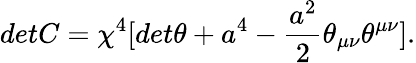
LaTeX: detC={\chi}^{4}[det{\theta}+a^{4}-\frac{a^{2}}{2}{\theta}_{{\mu}{\nu}}{\theta}^{{\mu}{\nu}}].